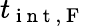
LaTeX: t_{\mathrm{~i~n~t~,~F~}}